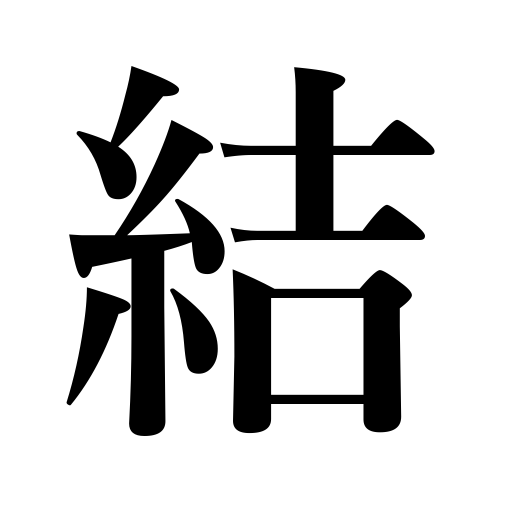
Meanings: do up the hair,tie,join,organize,tie a knot,make contracts,finish,make a braided fence,fasten,treaties,unite with,wind up,bind,and friendships,tie up